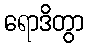
ရောဒိတွာ